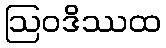
ဩဝဒိဿထ